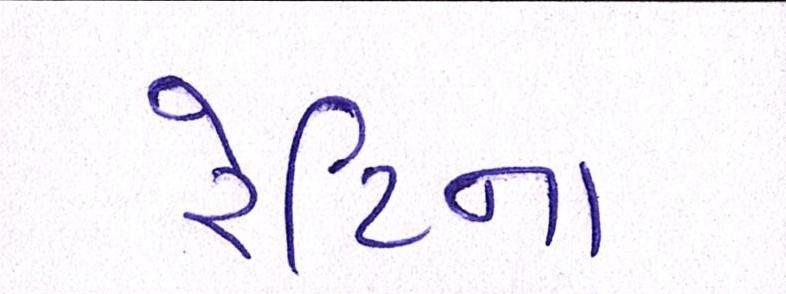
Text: રેટિના